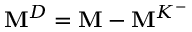
\mathbf { M } ^ { D } = \mathbf { M } - \mathbf { M } ^ { K ^ { - } }